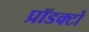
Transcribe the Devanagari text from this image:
प्रॉडक्टों